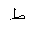
Letter: _da